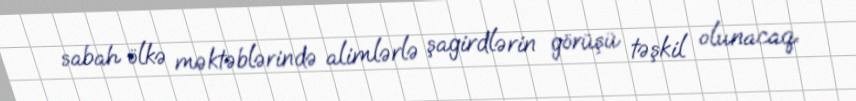
sabah ölkə məktəblərində alimlərlə şagirdlərin görüşü təşkil olunacaq.